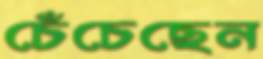
চেঁচেছেন